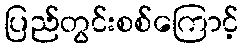
ပြည်တွင်းစစ်ကြောင့်